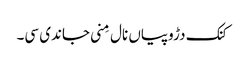
کنک دڑوپیاں نال مِنی جاندی سی۔